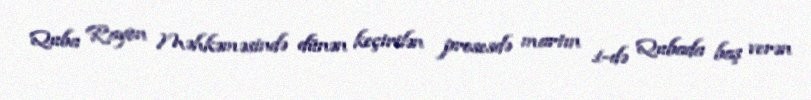
Quba Rayon Məhkəməsində dünən keçirilən prosesdə martın 1-də Qubada baş verən